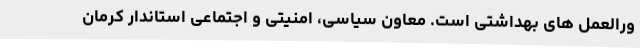
ورالعمل های بهداشتی است. معاون سیاسی، امنیتی و اجتماعی استاندار کرمان